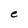
Character: e